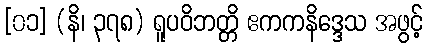
[၀၁] (နိ၊ ၃၇၈) ရူပဝိဘတ္တိ ဧကကနိဒ္ဒေသ အဖွင့်